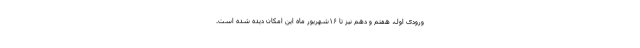
ورودی اول، هفتم و دهم نیز تا ۱۶شهریور ماه این امکان دیده شده است.